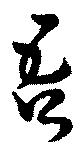
吾